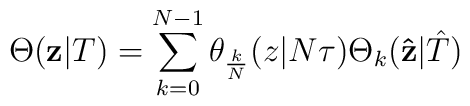
\Theta({\bf z}|T)=\sum_{k=0}\sp{N-1}\theta_{k\over N}(z| N\tau)\Theta_{k}({\bf\hat z}| {\hat T})